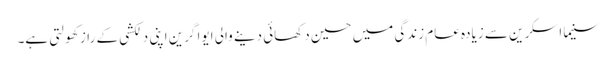
سنیما اسکرین سے زیادہ عام زندگی میں حسین دکھائی دینے والی ایوا گرین اپنی دلکشی کے راز کھولتی ہے۔